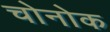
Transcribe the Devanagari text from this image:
चोनोक